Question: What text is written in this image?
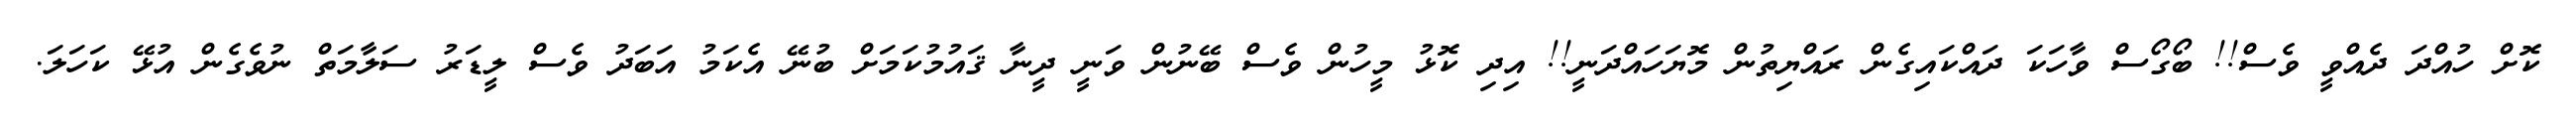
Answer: ކޮށް ހުއްދަ ދެއްވީ ވެސް!! ބޯގޯސް ވާހަކަ ދައްކައިގެން ރައްޔިތުން މޮޔަހައްދަނީ!! އިދި ކޮޅު މީހުން ވެސް ބޭނުން ވަނީ ދީނާ ޤައުމުކަމަށް ބުނޭ އެކަމު އަބަދު ވެސް ލީޑަރު ސަލާމަތް ނުވެގެން އުޅޭ ކަހަލަ.